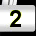
Digit: 2